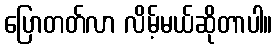
ပြောတတ်လာ လိမ့်မယ်ဆိုတာပါ။